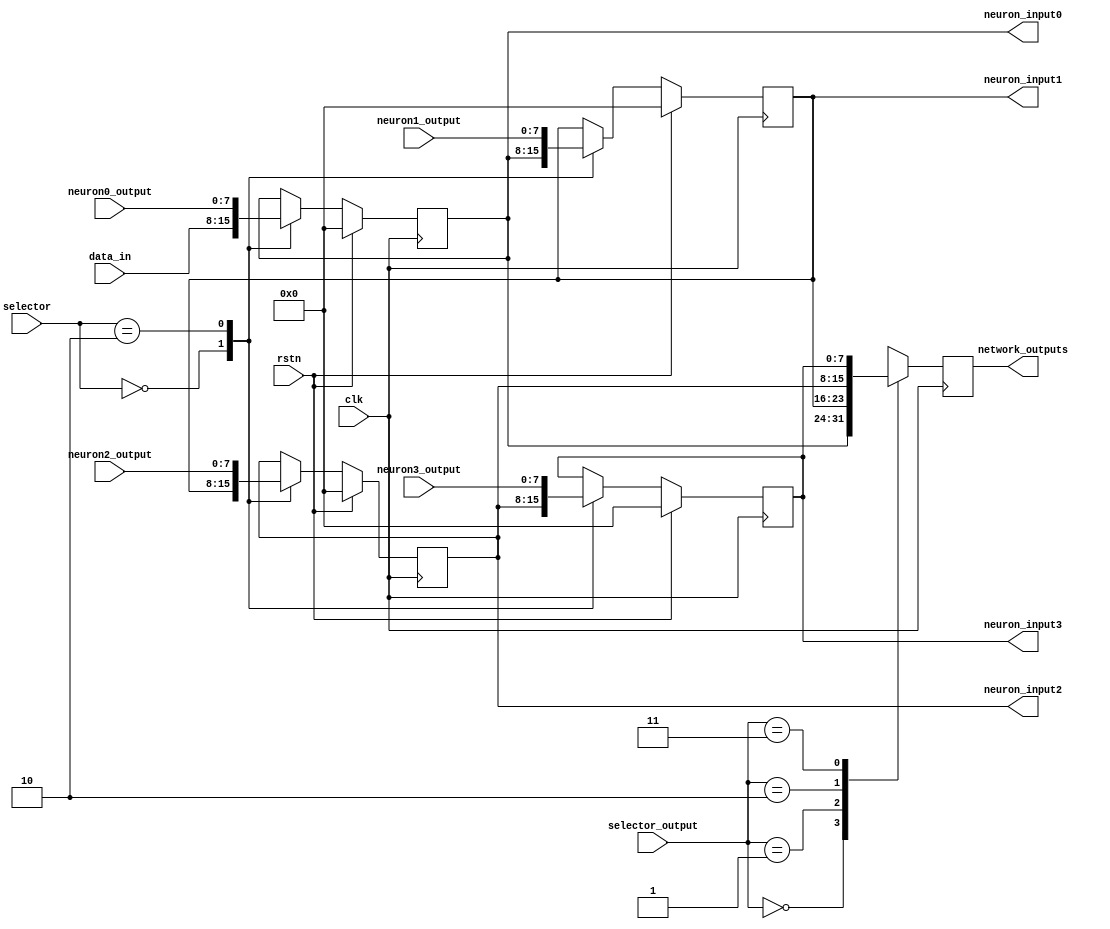
module shift_register_inputs(
    input clk,rstn,
    input [7:0] data_in,
    input [1:0] selector,  // From the state machine. Determines where do the neuron inputs come From
    input [1:0] selector_output,
    
    // The outputs of the neurons0..3 are inputs to the shift register, so it can use them as inputs to the next layer
    input [7:0] neuron0_output, // The output of the neuron0, is an input to the shift register 
    input [7:0] neuron1_output, // The output of the neuron1, is an input to the shift register
    input [7:0] neuron2_output, // The output of the neuron2, is an input to the shift register
    input [7:0] neuron3_output, // The output of the neuron3, is an input to the shift register

    // These 4 outputs are the inputs0..3 to each neuron.
    output reg [7:0] neuron_input0, // Input 0 for all neurons on the current layer
    output reg [7:0] neuron_input1, // Input 1 for all neurons on the current layer
    output reg [7:0] neuron_input2, // Input 2 for all neurons on the current layer
    output reg [7:0] neuron_input3, // Input 3 for all neurons on the current layer

    // Once all layers have passed, when we feed 4 new inputs to the network, the outputs of the network
    // will appear here, from neuron3_output to neuron0_output
    output reg [7:0] network_outputs
);




always@(posedge clk)
begin

    if(rstn) 
    begin
        neuron_input0 <= 8'b00000000;
        neuron_input1 <= 8'b00000000;
        neuron_input2 <= 8'b00000000;
        neuron_input3 <= 8'b00000000;
        network_outputs <= 8'b00000000;
    end

    else
    begin
        case(selector)
            2'b00   :   begin                                   // Receives new data
                            neuron_input0 <= data_in;           // and pases it thorugh the neurons.
                            neuron_input1 <= neuron_input0;
                            neuron_input2 <= neuron_input1;
                            neuron_input3 <= neuron_input2;

                        end
            2'b01   :   begin
                            neuron_input0 <= neuron_input0;
                            neuron_input1 <= neuron_input1;
                            neuron_input2 <= neuron_input2;
                            neuron_input3 <= neuron_input3;
                        end
            2'b10   :   begin
                            neuron_input0 <= neuron0_output;
                            neuron_input1 <= neuron1_output;
                            neuron_input2 <= neuron2_output;
                            neuron_input3 <= neuron3_output;
                        end
            default :   begin                               // The default state keeps everything as it was
                            neuron_input0 <= neuron_input0;
                            neuron_input1 <= neuron_input1;
                            neuron_input2 <= neuron_input2;
                            neuron_input3 <= neuron_input3;
                        end

        endcase
    end

    begin
        case(selector_output)
            2'b00   :   begin  
                            network_outputs <= neuron_input0;
            end 
            2'b01   :   begin  
                            network_outputs <= neuron_input1;
            end 
            2'b10   :   begin  
                            network_outputs <= neuron_input2;
            end 
            2'b11   :   begin  
                            network_outputs <= neuron_input3;
            end 
            default: begin
                    network_outputs <= network_outputs;
            end
        endcase
    end
end

endmodule